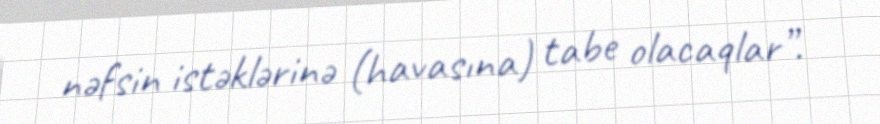
nəfsin istəklərinə (havasına) tabe olacaqlar”.